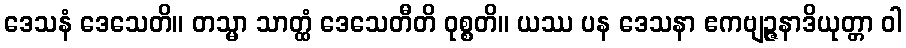
ဒေသနံ ဒေသေတိ။ တသ္မာ သာတ္ထံ ဒေသေတီတိ ဝုစ္စတိ။ ယဿ ပန ဒေသနာ ဧကဗျဉ္ဇနာဒိယုတ္တာ ဝါ